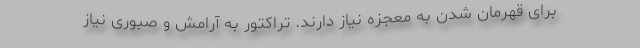
برای قهرمان شدن به معجزه نیاز دارند. تراکتور به آرامش و صبوری نیاز